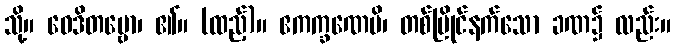
သို့။ ဝေဒိတဗ္ဗော၊ ၏။ (ထည့်)။ ဧကက္ခဏေပိ၊ တစ်ပြိုင်နက်သော ခဏ၌ လည်း။